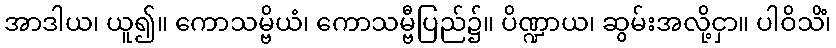
အာဒါယ၊ ယူ၍။ ကောသမ္ဗိယံ၊ ကောသမ္ဗီပြည်၌။ ပိဏ္ဍာယ၊ ဆွမ်းအလို့ငှာ။ ပါဝိသိံ၊